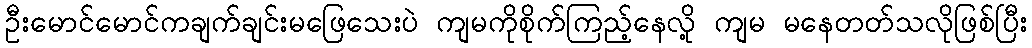
ဦးမောင်မောင်ကချက်ချင်းမဖြေသေးပဲ ကျမကိုစိုက်ကြည့်နေလို့ ကျမ မနေတတ်သလိုဖြစ်ပြီး